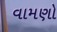
વામણો